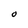
Character: O